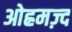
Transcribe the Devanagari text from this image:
ओह्रमज़्द